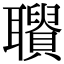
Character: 𦘋